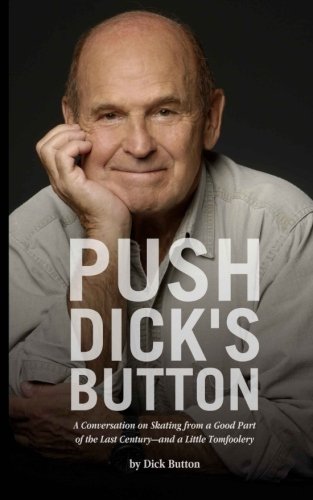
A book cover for Push Dick's Button: A Conversation on Skating from a Good Part of the Last Century--and a Little Tomfoolery; Dick Button; Sports & Outdoors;